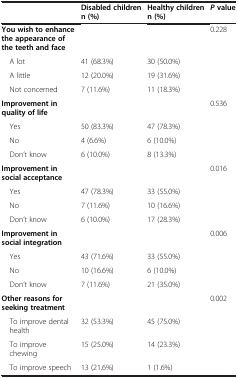
<table><thead><tr><td><b> </b></td><td><b>Disabled children n (%)</b></td><td><b>Healthy children n (%)</b></td><td><b><i>P</i>value</b></td></tr></thead><tbody><tr><td><b>You wish to enhance the appearance of the teeth and face</b></td><td> </td><td> </td><td rowspan="4">0.228</td></tr><tr><td> A lot</td><td>41 (68.3%)</td><td>30 (50.0%)</td></tr><tr><td> A little</td><td>12 (20.0%)</td><td>19 (31.6%)</td></tr><tr><td> Not concerned</td><td>7 (11.6%)</td><td>11 (18.3%)</td></tr><tr><td><b>Improvement in quality of life</b></td><td> </td><td> </td><td rowspan="4">0.536</td></tr><tr><td> Yes</td><td>50 (83.3%)</td><td>47 (78.3%)</td></tr><tr><td> No</td><td>4 (6.6%)</td><td>6 (10.0%)</td></tr><tr><td> Don’t know</td><td>6 (10.0%)</td><td>8 (13.3%)</td></tr><tr><td><b>Improvement in social acceptance</b></td><td> </td><td> </td><td rowspan="4">0.016</td></tr><tr><td> Yes</td><td>47 (78.3%)</td><td>33 (55.0%)</td></tr><tr><td> No</td><td>7 (11.6%)</td><td>10 (16.6%)</td></tr><tr><td> Don’t know</td><td>6 (10.0%)</td><td>17 (28.3%)</td></tr><tr><td><b>Improvement in social integration</b></td><td> </td><td> </td><td rowspan="4">0.006</td></tr><tr><td> Yes</td><td>43 (71.6%)</td><td>33 (55.0%)</td></tr><tr><td> No</td><td>10 (16.6%)</td><td>6 (10.0%)</td></tr><tr><td> Don’t know</td><td>7 (11.6%)</td><td>21 (35.0%)</td></tr><tr><td><b>Other reasons for seeking treatment</b></td><td> </td><td> </td><td rowspan="3">0.002</td></tr><tr><td> To improve dental health</td><td>32 (53.3%)</td><td>45 (75.0%)</td></tr><tr><td> To improve chewing</td><td>15 (25.0%)</td><td>14 (23.3%)</td></tr><tr><td> To improve speech</td><td>13 (21.6%)</td><td>1 (1.6%)</td><td> </td></tr></tbody></table>